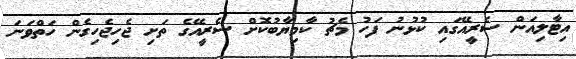
އިޓާލިއަން ސެރީއޭގައި ކުޅުނު ފަހު މެޗު ކާމިޔާބުކޮށް ސެރީއޭގެ ތަށި ޖެހިޖެހިގެން ހަތްވަނަ